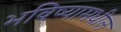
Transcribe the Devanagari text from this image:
भविष्यामधील